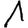
Digit: 1